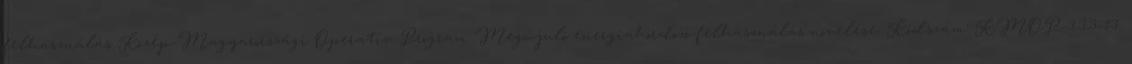
felhasználás Közép-Magyarországi Operatív Program Megújuló energiahordozó-felhasználás növelése. Kódszám: KMOP-3.3.3-13.